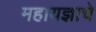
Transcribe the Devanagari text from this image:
महायज्ञाचे